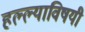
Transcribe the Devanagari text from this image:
हल्ल्याविषयी